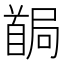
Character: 𩠧